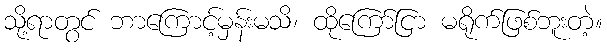
သို့ရာတွင် ဘာကြောင့်မှန်းမသိ၊ ထိုကြော်ငြာ မရိုက်ဖြစ်ဘူးတဲ့။